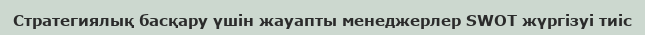
Стратегиялық басқару үшін жауапты менеджерлер SWOT жүргізуі тиіс